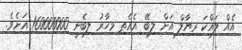
އެއް ލައްކަ ރިޔާލް އަށް ލިބޭ އެއެތި މިހާރު ލިބެނީ 160000000 އަށެވެ.